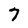
Character: 7